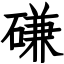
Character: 磏